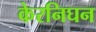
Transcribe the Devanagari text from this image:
केरनिघन